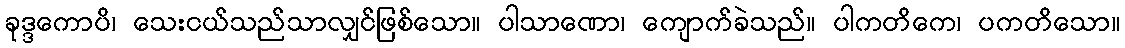
ခုဒ္ဒကောပိ၊ သေးငယ်သည်သာလျှင်ဖြစ်သော။ ပါသာဏော၊ ကျောက်ခဲသည်။ ပါကတိကေ၊ ပကတိသော။